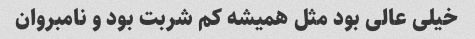
خیلی عالی بود مثل همیشه کم شربت بود و نامبروان